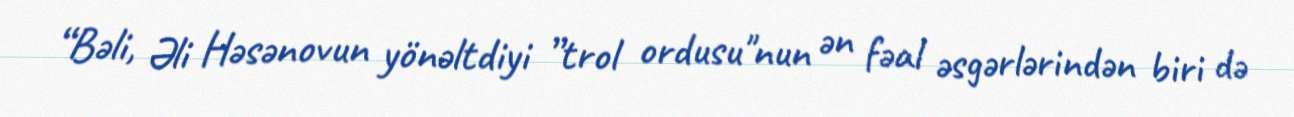
“Bəli, Əli Həsənovun yönəltdiyi ”trol ordusu"nun ən fəal əsgərlərindən biri də